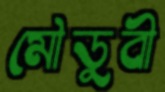
মৌডুবী